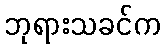
ဘုရားသခင်က